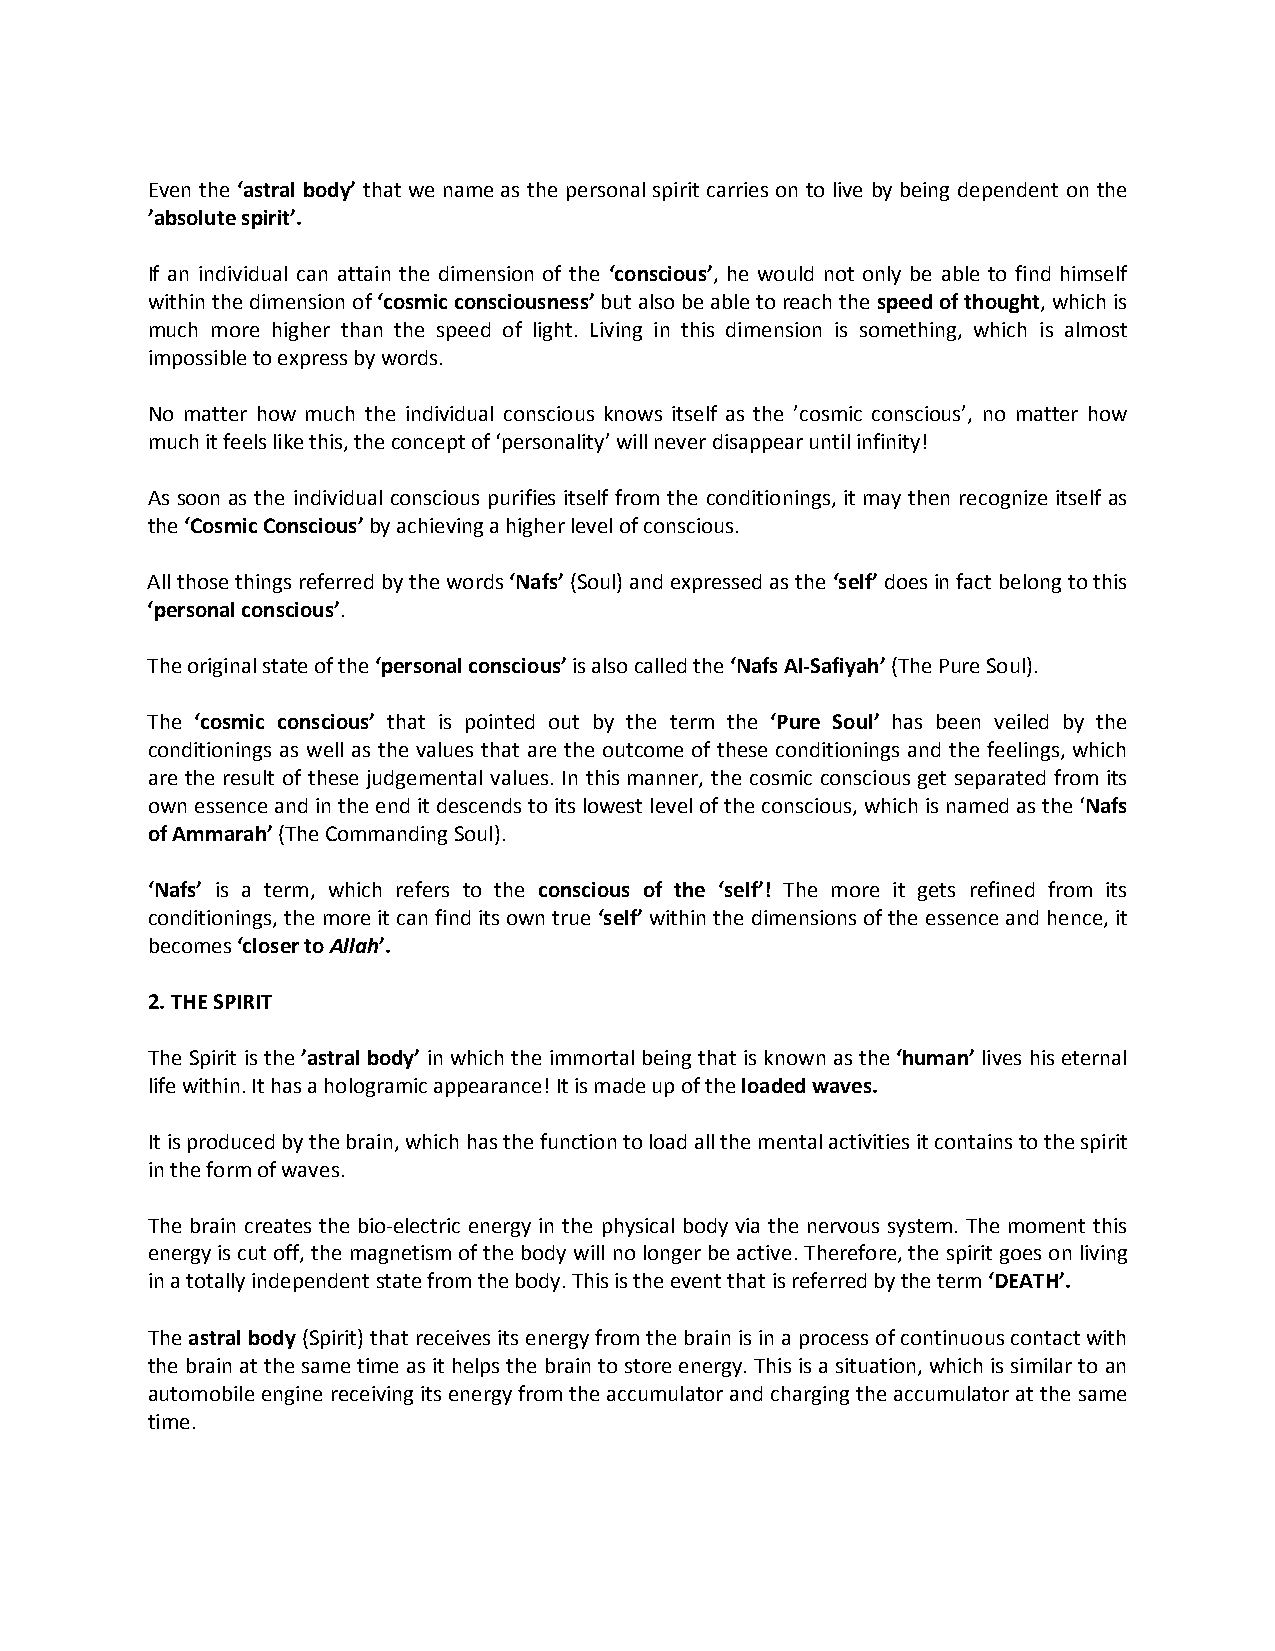
Even the ‘astral body’ that we name as the personal spirit carries on to live by being dependent on the
 ’absolute spirit’.
 If an individual can attain the dimension of the ‘conscious’, he would not only be able to find himself
 within the dimension of ‘cosmic consciousness’ but also be able to reach the speed of thought, which is
 much more higher than the speed of light. Living in this dimension is something, which is almost
 impossible to express by words.
 No matter how much the individual conscious knows itself as the ’cosmic conscious’, no matter how
 much it feels like this, the concept of ‘personality’ will never disappear until infinity!
 As soon as the individual conscious purifies itself from the conditionings, it may then recognize itself as
 the ‘Cosmic Conscious’ by achieving a higher level of conscious.
 All those things referred by the words ‘Nafs’ (Soul) and expressed as the ‘self’ does in fact belong to this
 ‘personal conscious’.
 The original state of the ‘personal conscious’ is also called the ‘Nafs Al-Safiyah’ (The Pure Soul).
 The ‘cosmic conscious’ that is pointed out by the term the ‘Pure Soul’ has been veiled by the
 conditionings as well as the values that are the outcome of these conditionings and the feelings, which
 are the result of these judgemental values. In this manner, the cosmic conscious get separated from its
 own essence and in the end it descends to its lowest level of the conscious, which is named as the ‘Nafs
 of Ammarah’ (The Commanding Soul).
 ‘Nafs’ is a term, which refers to the conscious of the ‘self’! The more it gets refined from its
 conditionings, the more it can find its own true ‘self’ within the dimensions of the essence and hence, it
 becomes ‘closer to Allah’.
 2. THE SPIRIT
 The Spirit is the ’astral body’ in which the immortal being that is known as the ‘human’ lives his eternal
 life within. It has a hologramic appearance! It is made up of the loaded waves.
 It is produced by the brain, which has the function to load all the mental activities it contains to the spirit
 in the form of waves.
 The brain creates the bio-electric energy in the physical body via the nervous system. The moment this
 energy is cut off, the magnetism of the body will no longer be active. Therefore, the spirit goes on living
 in a totally independent state from the body. This is the event that is referred by the term ‘DEATH’.
 The astral body (Spirit) that receives its energy from the brain is in a process of continuous contact with
 the brain at the same time as it helps the brain to store energy. This is a situation, which is similar to an
 automobile engine receiving its energy from the accumulator and charging the accumulator at the same
 time.